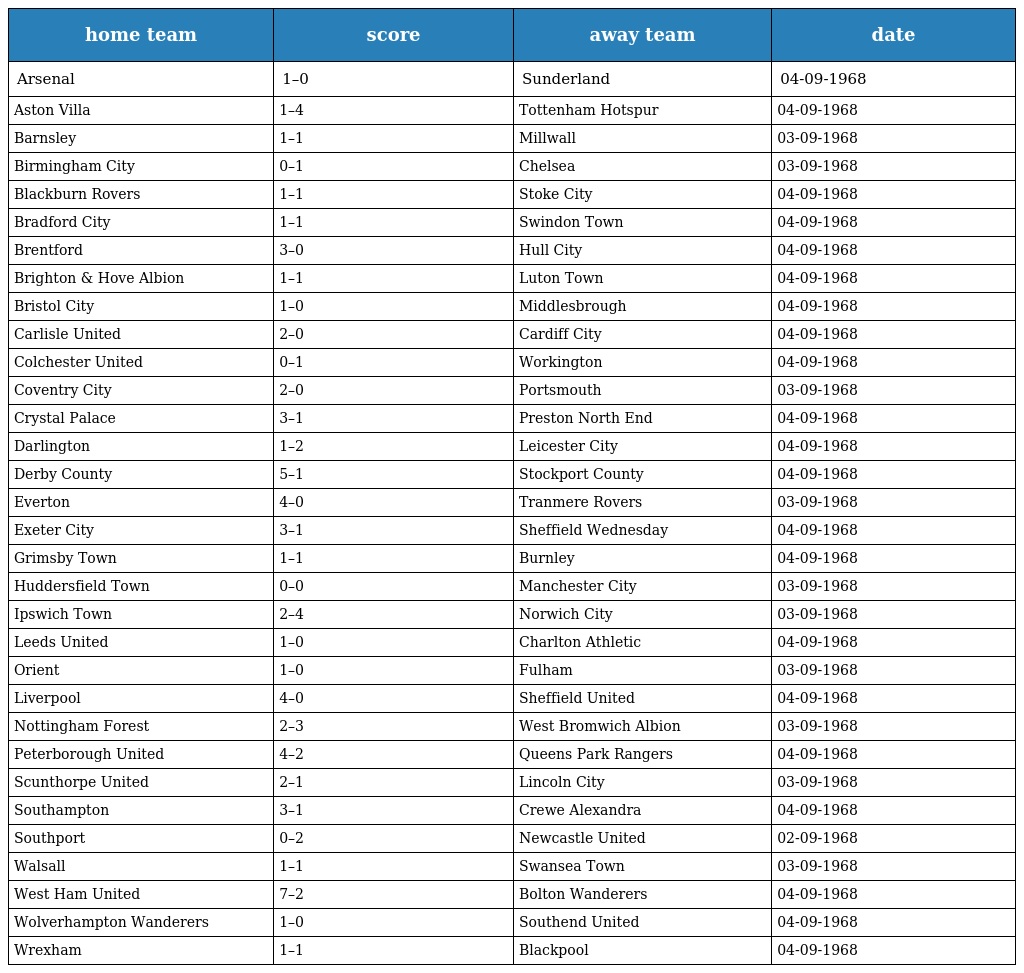
| home team | score | away team | date |
 | --- | --- | --- | --- |
 | Arsenal | 1–0 | Sunderland | 04-09-1968 |
 | Aston Villa | 1–4 | Tottenham Hotspur | 04-09-1968 |
 | Barnsley | 1–1 | Millwall | 03-09-1968 |
 | Birmingham City | 0–1 | Chelsea | 03-09-1968 |
 | Blackburn Rovers | 1–1 | Stoke City | 04-09-1968 |
 | Bradford City | 1–1 | Swindon Town | 04-09-1968 |
 | Brentford | 3–0 | Hull City | 04-09-1968 |
 | Brighton & Hove Albion | 1–1 | Luton Town | 04-09-1968 |
 | Bristol City | 1–0 | Middlesbrough | 04-09-1968 |
 | Carlisle United | 2–0 | Cardiff City | 04-09-1968 |
 | Colchester United | 0–1 | Workington | 04-09-1968 |
 | Coventry City | 2–0 | Portsmouth | 03-09-1968 |
 | Crystal Palace | 3–1 | Preston North End | 04-09-1968 |
 | Darlington | 1–2 | Leicester City | 04-09-1968 |
 | Derby County | 5–1 | Stockport County | 04-09-1968 |
 | Everton | 4–0 | Tranmere Rovers | 03-09-1968 |
 | Exeter City | 3–1 | Sheffield Wednesday | 04-09-1968 |
 | Grimsby Town | 1–1 | Burnley | 04-09-1968 |
 | Huddersfield Town | 0–0 | Manchester City | 03-09-1968 |
 | Ipswich Town | 2–4 | Norwich City | 03-09-1968 |
 | Leeds United | 1–0 | Charlton Athletic | 04-09-1968 |
 | Orient | 1–0 | Fulham | 03-09-1968 |
 | Liverpool | 4–0 | Sheffield United | 04-09-1968 |
 | Nottingham Forest | 2–3 | West Bromwich Albion | 03-09-1968 |
 | Peterborough United | 4–2 | Queens Park Rangers | 04-09-1968 |
 | Scunthorpe United | 2–1 | Lincoln City | 03-09-1968 |
 | Southampton | 3–1 | Crewe Alexandra | 04-09-1968 |
 | Southport | 0–2 | Newcastle United | 02-09-1968 |
 | Walsall | 1–1 | Swansea Town | 03-09-1968 |
 | West Ham United | 7–2 | Bolton Wanderers | 04-09-1968 |
 | Wolverhampton Wanderers | 1–0 | Southend United | 04-09-1968 |
 | Wrexham | 1–1 | Blackpool | 04-09-1968 |